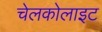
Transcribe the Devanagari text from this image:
चेलकोलाइट